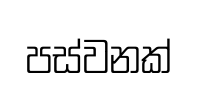
පස්වනක්